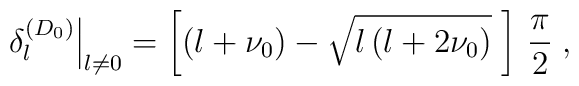
\left. \delta_{l}^{(D_{0})}\right|_{l \neq 0}= \left[ \left( l+ \nu_{0}  \right)- \sqrt{ l \left(l +  2 \nu_{0} \right)} \;\right]  \, \frac{\pi}{2}\; ,